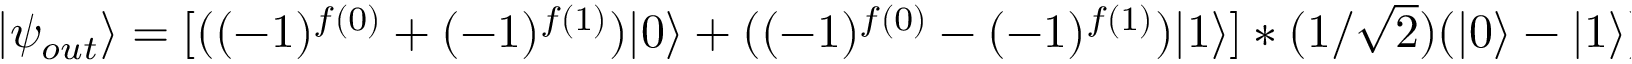
\begin{array} { r } { | \psi _ { o u t } \rangle = [ ( ( - 1 ) ^ { f ( 0 ) } + ( - 1 ) ^ { f ( 1 ) } ) | 0 \rangle + ( ( - 1 ) ^ { f ( 0 ) } - ( - 1 ) ^ { f ( 1 ) } ) | 1 \rangle ] * ( 1 / \sqrt { 2 } ) ( | 0 \rangle - | 1 \rangle ) } \end{array}